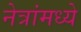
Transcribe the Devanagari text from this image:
नेत्रांमध्ये